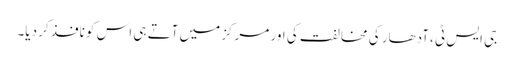
جی ایس ٹی ،آدھار کی مخالفت کی اور مرکز میں آتے ہی اس کو نافذ کر دیا۔